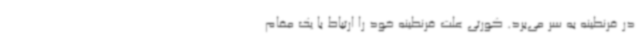
در قرنطینه به سر می‌برد. کورتی علت قرنطینه خود را ارتباط با یک مقام